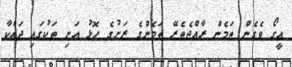
އީގޯ ވެގެން ތަމެން ރާއްޖެތެރޭ ތަމެންގެ ރަށުގެ ހޮޅު އަށި ތަކުގައި ދައްކާ